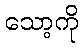
သော့ကို